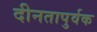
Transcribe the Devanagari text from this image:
दीनतापुर्वक